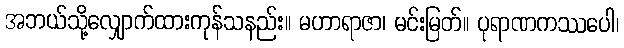
အဘယ်သို့လျှောက်ထားကုန်သနည်း။ မဟာရာဇာ၊ မင်းမြတ်။ ပုရာဏကဿပေါ၊